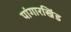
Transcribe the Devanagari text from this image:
पांगारखिंड